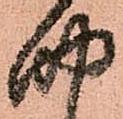
四